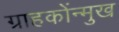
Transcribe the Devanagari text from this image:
ग्राहकोंन्‍मुख